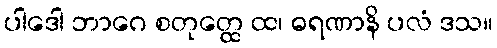
ပါဒေါ ဘာဂေ စတုတ္ထေ ထ၊ ဓရဏာနိ ပလံ ဒသ။